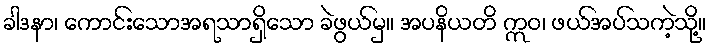
ခါဒနာ၊ ကောင်းသောအရသာရှိသော ခဲဖွယ်မှ။ အပနိယတိ ဣဝ၊ ဖယ်အပ်သကဲ့သို့။